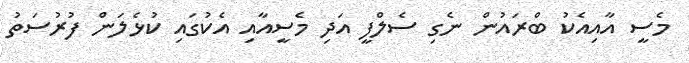
މެސީ އާއިއެކު ބްރައުން ނެގި ސެލްފީ އަދި މެސީއާއި އެކުގައި ކުޅެލަން ފުރުސަތު